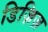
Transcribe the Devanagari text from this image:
डिज़िज़